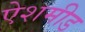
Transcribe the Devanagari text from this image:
ऐशमीड